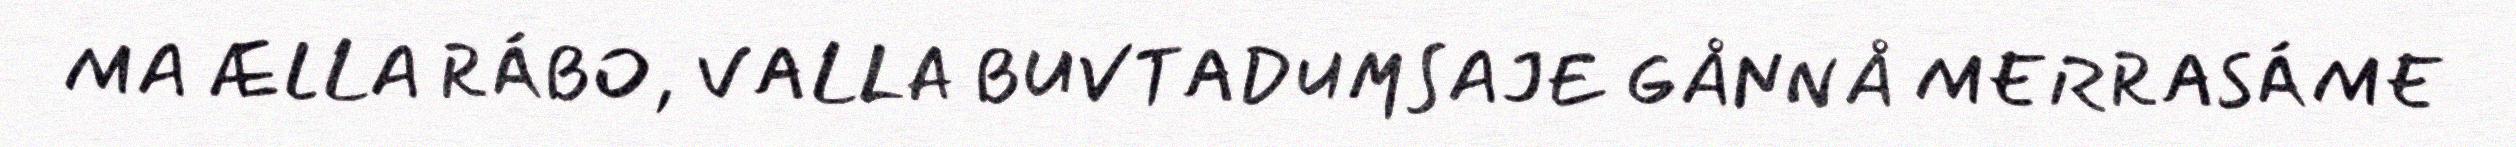
MA ÆLLA RÁBO, VALLA BUVTADUMSAJE GÅNNÅ MERRASÁME